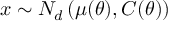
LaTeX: { \boldsymbol { x } } \sim N _ { d } \left( { \boldsymbol { \mu } } ( { \boldsymbol { \theta } } ) , { \boldsymbol { C } } ( { \boldsymbol { \theta } } ) \right)